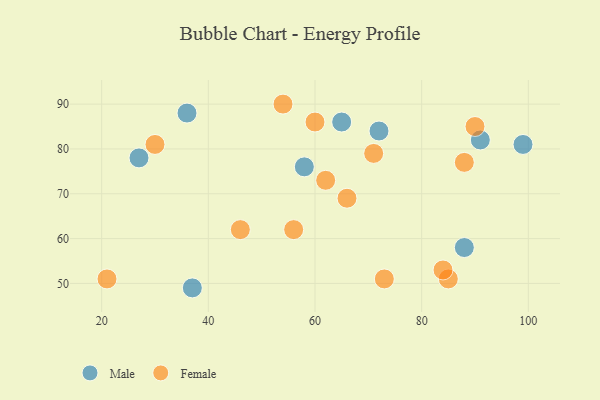
{"axis": {"x": "GDP", "y": "Life Expectancy"}, "legend": ["Female", "Male"], "data": [{"x": "99", "y": 81, "type": "Male"}, {"x": "91", "y": 82, "type": "Male"}, {"x": "27", "y": 78, "type": "Male"}, {"x": "65", "y": 86, "type": "Male"}, {"x": "58", "y": 76, "type": "Male"}, {"x": "72", "y": 84, "type": "Male"}, {"x": "88", "y": 58, "type": "Male"}, {"x": "37", "y": 49, "type": "Male"}, {"x": "36", "y": 88, "type": "Male"}, {"x": "62", "y": 73, "type": "Female"}, {"x": "60", "y": 86, "type": "Female"}, {"x": "46", "y": 62, "type": "Female"}, {"x": "71", "y": 79, "type": "Female"}, {"x": "56", "y": 62, "type": "Female"}, {"x": "85", "y": 51, "type": "Female"}, {"x": "30", "y": 81, "type": "Female"}, {"x": "90", "y": 85, "type": "Female"}, {"x": "66", "y": 69, "type": "Female"}, {"x": "21", "y": 51, "type": "Female"}, {"x": "84", "y": 53, "type": "Female"}, {"x": "73", "y": 51, "type": "Female"}, {"x": "54", "y": 90, "type": "Female"}, {"x": "88", "y": 77, "type": "Female"}]}